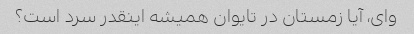
وای، آیا زمستان در تایوان همیشه اینقدر سرد است؟